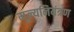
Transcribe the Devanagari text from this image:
मूल्यनियंत्रण